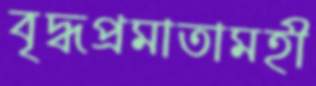
বৃদ্ধপ্রমাতামহী